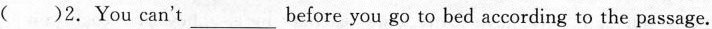
( )2.You can't___before you go to bed according to the passage.